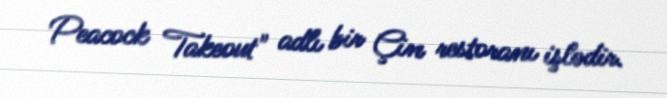
Peacock Takeout" adlı bir Çin restoranı işlədir.